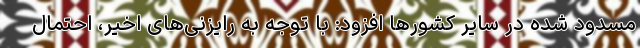
مسدود شده در سایر کشورها افزود: با توجه به رایزنی‌های اخیر، احتمال